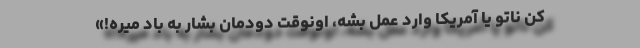
کن ناتو یا آمریکا وارد عمل بشه، اونوقت دودمان بشّار به باد میره!»